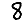
Digit: 8